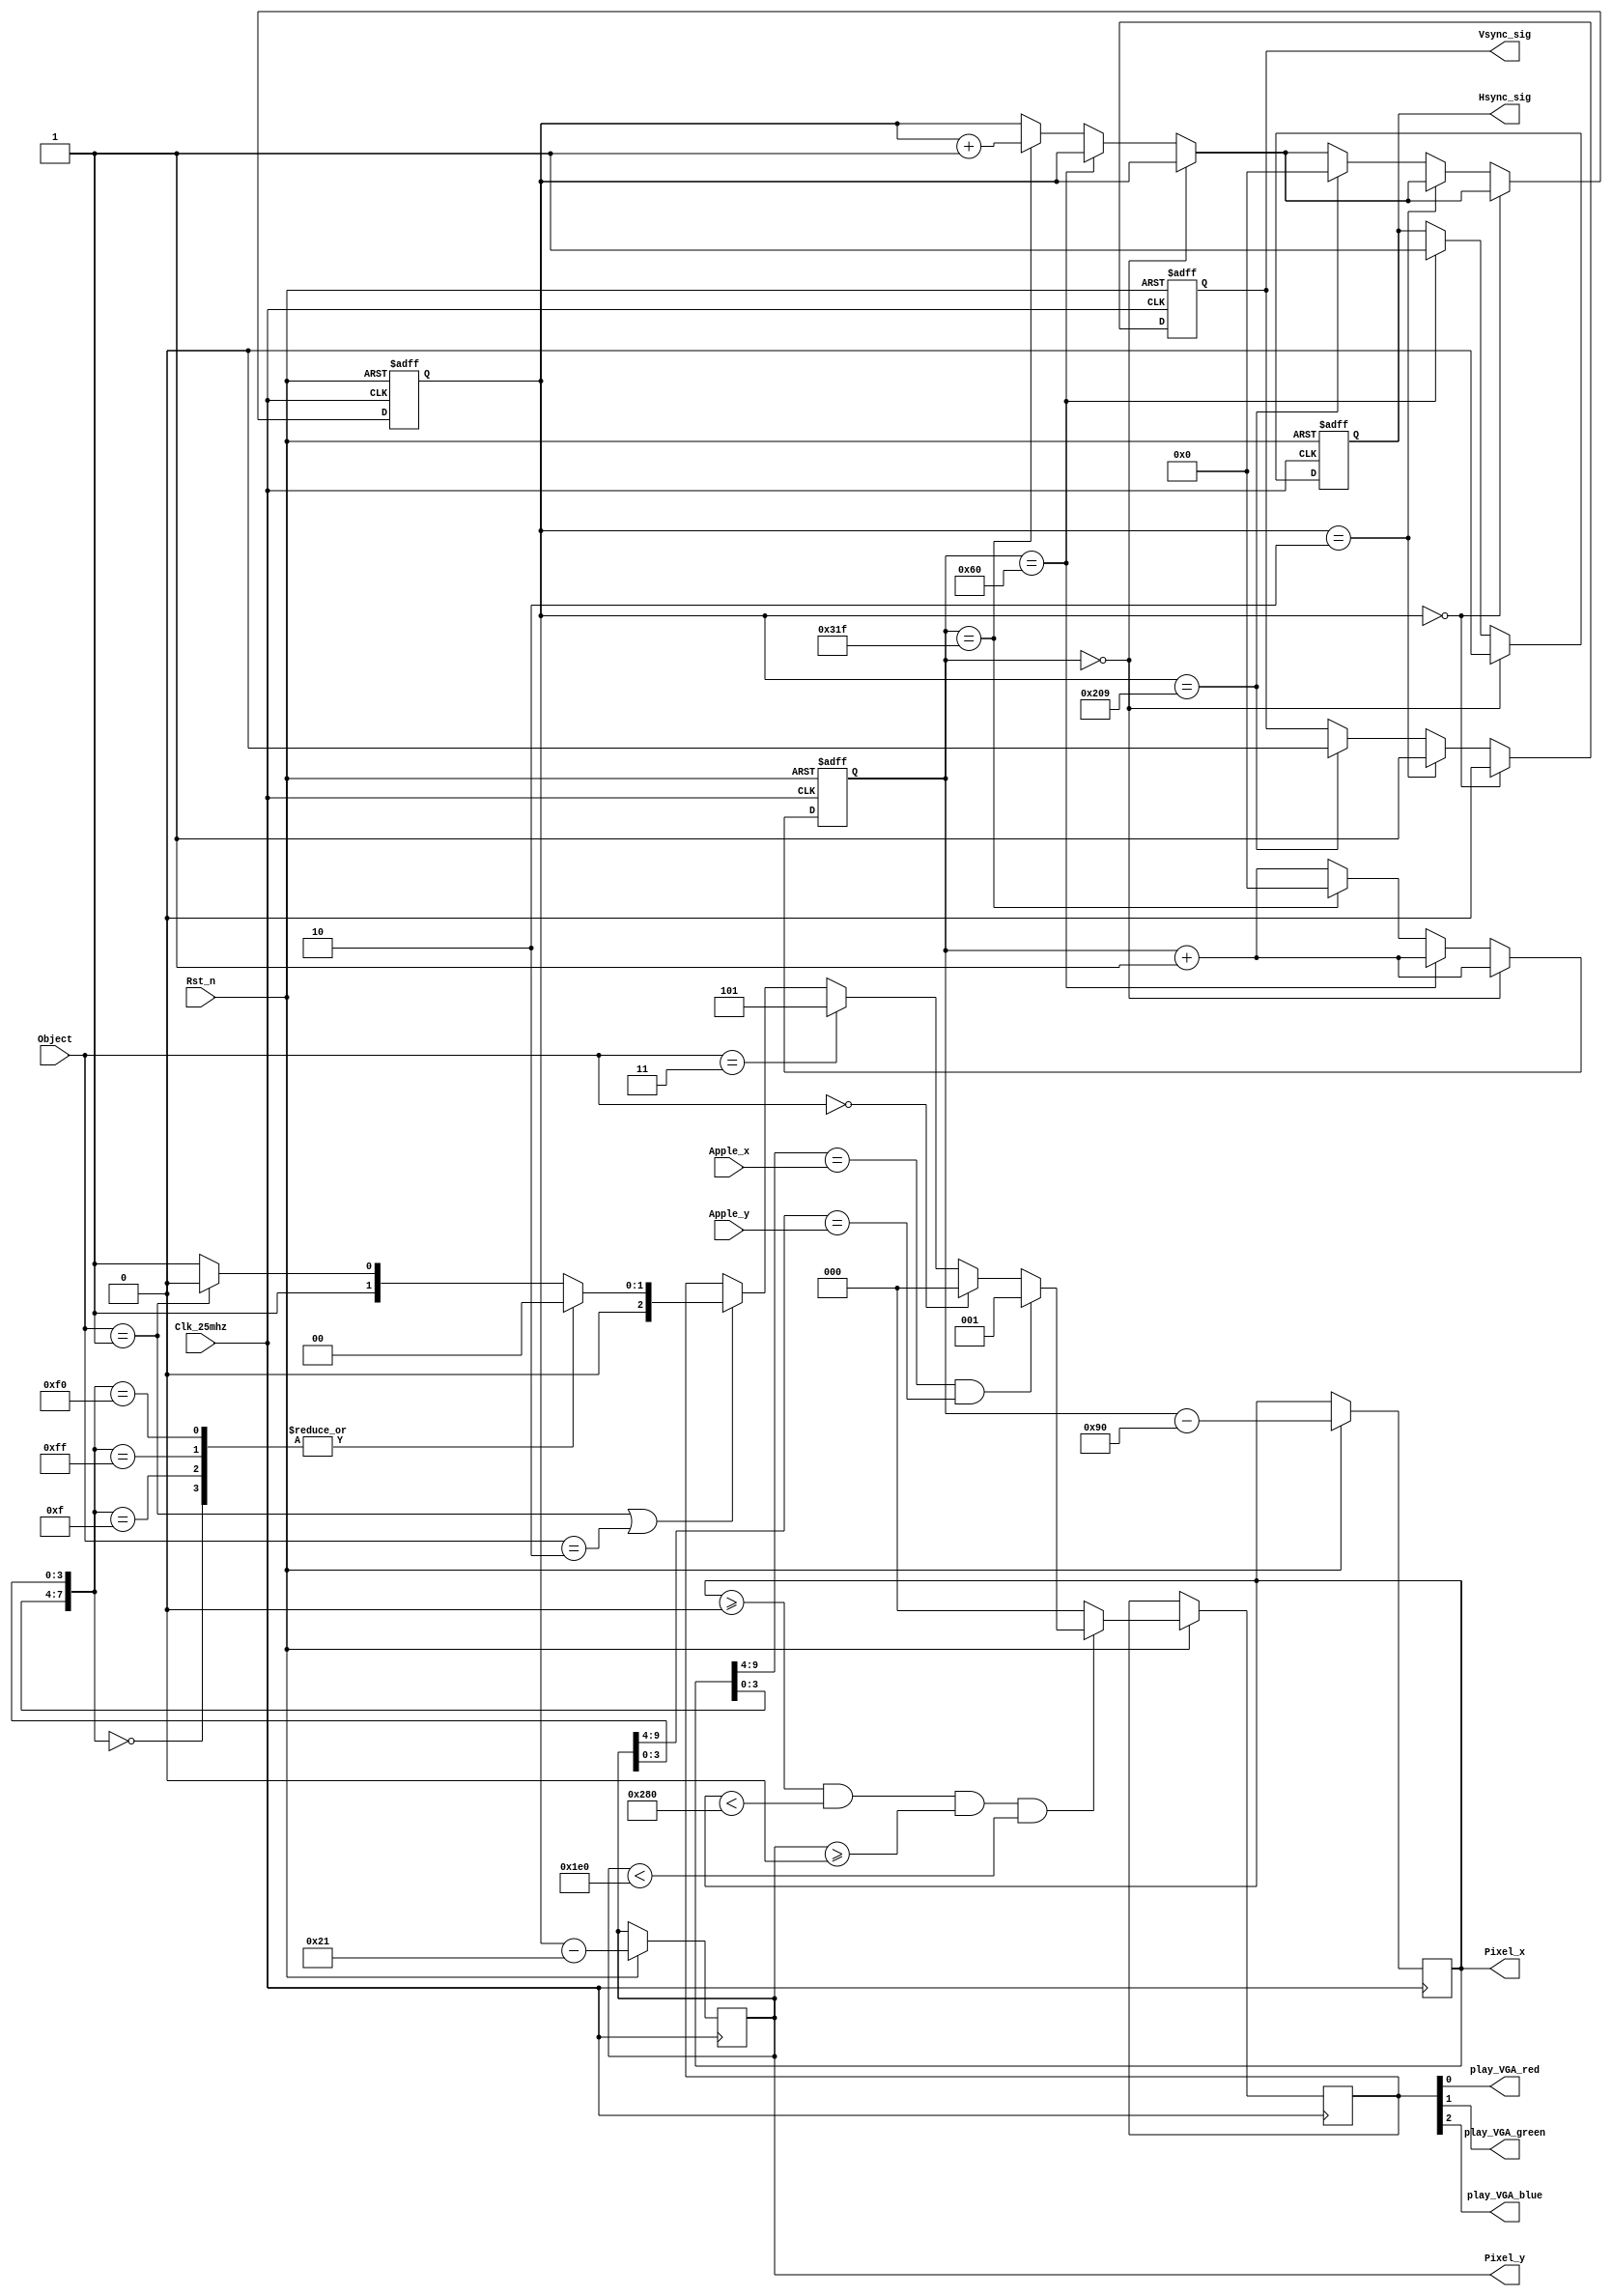
// This program was cloned from: https://github.com/Manistein/let-us-build-a-computer-system
// License: MIT License

module Vga_ctrl_module// VGA
(
	input Clk_25mhz,//25M
	input Rst_n,//
	
	input [1:0] Object,// 00NONE 01HEAD 10BODY 11WALL
	
	input [5:0] Apple_x,//X
	input [4:0] Apple_y,//Y
	
	output reg [9:0] Pixel_x,
	output reg [9:0] Pixel_y,
	
	
	
	output reg Hsync_sig,//
	output reg Vsync_sig,//
	output  play_VGA_red,
	output  play_VGA_green,
	output  play_VGA_blue

);
	reg [2:0] Vga_rgb;//RGB
	assign play_VGA_red = Vga_rgb[0];
	assign play_VGA_green = Vga_rgb[1];
	assign play_VGA_blue = Vga_rgb[2];
	
	
//	assign {play_VGA_red,play_VGA_green,play_VGA_blue} = Vga_rgb[2:0];
/***************************************************************************/
	reg [9:0] Column_count;//
	reg [9:0] Row_count;//
	
	localparam NONE = 2'b00;
	localparam HEAD = 2'b01;
	localparam BODY = 2'b10;
	localparam WALL = 2'b11;
	
	localparam HEAD_COLOR = 3'b010;
	localparam BODY_COLOR = 3'b011;
	
	
/***************************************************************************/
/***************************************************************************/
	
	reg [3:0] lox;
	reg [3:0] loy;

	always @ (posedge Clk_25mhz or negedge Rst_n)
	begin	
		if(!Rst_n)
		begin
			Row_count <= 10'd0;
			Column_count <= 10'd0;
			
			Hsync_sig <= 1'd1;
			Vsync_sig <= 1'd1;
		end
		else 
		begin
			Pixel_x <= Row_count - 10'd144;//a + b=144640*480 @ 60
			Pixel_y <= Column_count - 10'd33;//o + p=33640*480 @ 60
						
			if(Row_count == 10'd0)//0
			begin
				Hsync_sig <= 1'd0;
				Row_count <= Row_count + 10'd1;
			end
			else if(Row_count == 10'd96)//a96Hsync_sig
					begin
						Hsync_sig <= 1'd1;
						Row_count <= Row_count + 10'd1;
					end
			else if(Row_count == 10'd799)//79941
					begin
						Row_count <= 10'd0;
						Column_count <= Column_count + 10'd1;//Column_count799
					end
			else 
					Row_count <= Row_count + 10'd1;
			
			
			
			if(Column_count == 10'd0)//0
					Vsync_sig <= 1'd0;							
			else if(Column_count == 10'd2)//o2
						Vsync_sig <= 1'd1;
			else if(Column_count == 10'd521)
					begin
						Column_count <= 10'd0;
						Vsync_sig <= 1'd0;
					end
			
			
			
			if((Pixel_x >= 10'd0) && (Pixel_x < 10'd640) && (Pixel_y >= 10'd0) && (Pixel_y < 10'd480))
			begin
				lox = Pixel_x[3:0];
				loy = Pixel_y[3:0];
				
				if((Pixel_x[9:4] == Apple_x) && (Pixel_y[9:4] == Apple_y))//
					case({lox,loy})//
						8'b0000_0000	://00
												Vga_rgb = 3'b001;//0,0
						default			:
												Vga_rgb = 3'b001;//0
					endcase
				else if(Object == NONE)
						Vga_rgb = 3'b000;
				else if(Object == WALL)		
						Vga_rgb = 3'b101;
				else if((Object == HEAD) | (Object == BODY))//
						begin
							case({lox,loy})
								8'b0000_0000:
													Vga_rgb = 3'b000;//0,0
								8'b0000_1111:
													Vga_rgb = 3'b000;//0,16
								8'b1111_1111:
													Vga_rgb = 3'b000;//16,16
								8'b1111_0000:
													Vga_rgb = 3'b000;//16,0
								default:
													Vga_rgb = (Object == HEAD)?	HEAD_COLOR		:		BODY_COLOR;
							endcase
						end
			end
			else
				Vga_rgb = 3'b000;//
		end
	end
		
endmodule